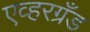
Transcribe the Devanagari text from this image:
एव्हरग्रँड